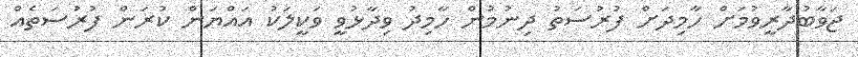
ޖަވާބުދާރީވުމަށް ހާމިދަށް ފުރުސަތު ދިނުމުން ހާމިދު ވިދާޅުވީ ވަކީލަކު އައްޔަން ކުރަން ފުރުސަތެއް